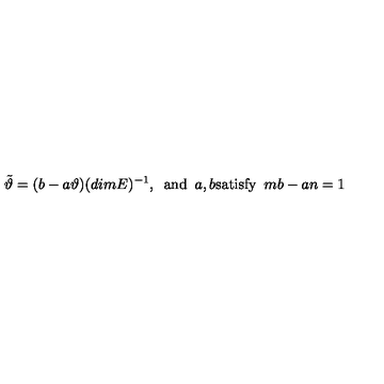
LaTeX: \tilde { \vartheta } = ( b - a \vartheta ) ( d i m E ) ^ { - 1 } , \enspace \mathrm { a n d } \enspace a , b \mathrm { s a t i s f y } \enspace m b - a n = 1